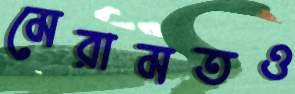
মেরামতও